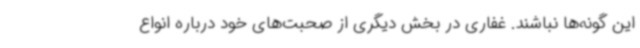
این گونه‌ها نباشند. غفاری در بخش دیگری از صحبت‌های خود درباره انواع